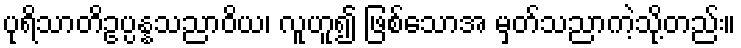
ပုရိသာတိဥပ္ပန္နသညာဝိယ၊ လူဟူ၍ ဖြစ်သောအ မှတ်သညာကဲ့သို့တည်း။